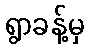
ရွာခန့်မှ